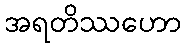
အရတိဿဟော